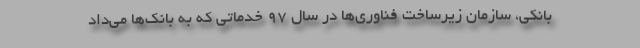
بانکی، سازمان زیرساخت فناوری‌ها در سال 97 خدماتی که به بانک‌ها می‌داد